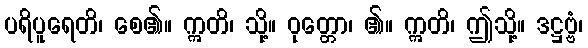
ပရိပူရေတိ၊ စေ၏။ ဣတိ၊ သို့။ ဝုတ္တော၊ ၏။ ဣတိ၊ ဤသို့။ ဒဋ္ဌဗ္ဗံ၊